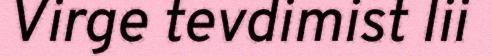
Virge tevdimist lii